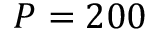
P = 2 0 0